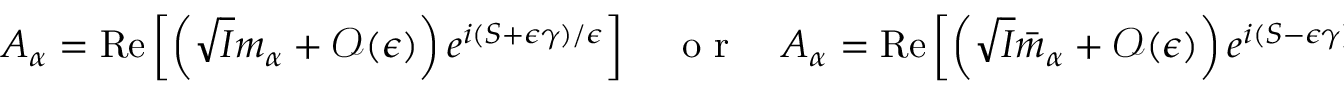
A _ { \alpha } = \mathrm { R e } \left[ \left( \sqrt { I } m _ { \alpha } + \mathcal { O } ( \epsilon ) \right) e ^ { i ( S + \epsilon \gamma ) / \epsilon } \right] \quad \mathrm { ~ o ~ r ~ } \quad A _ { \alpha } = \mathrm { R e } \left[ \left( \sqrt { I } \bar { m } _ { \alpha } + \mathcal { O } ( \epsilon ) \right) e ^ { i ( S - \epsilon \gamma ) / \epsilon } \right] .